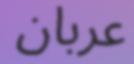
عربان